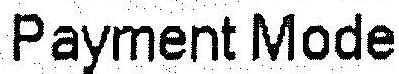
PAYMENT MODE